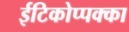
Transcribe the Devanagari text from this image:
ईटिकोप्पक्का